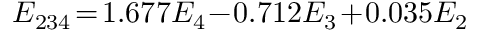
\begin{array} { r } { E _ { 2 3 4 } \! = \! 1 . 6 7 7 E _ { 4 } \! - \! 0 . 7 1 2 E _ { 3 } \! + \! 0 . 0 3 5 E _ { 2 } } \end{array}